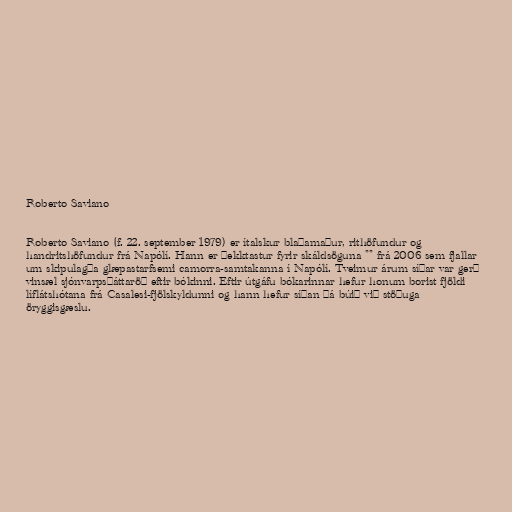
Roberto Saviano

Roberto Saviano (f. 22. september 1979) er ítalskur blaðamaður, rithöfundur og
handritshöfundur frá Napólí. Hann er þekktastur fyrir skáldsöguna "" frá 2006 sem fjallar
um skipulagða glæpastarfsemi camorra-samtakanna í Napólí. Tveimur árum síðar var gerð
vinsæl sjónvarpsþáttaröð eftir bókinni. Eftir útgáfu bókarinnar hefur honum borist fjöldi
líflátshótana frá Casalesi-fjölskyldunni og hann hefur síðan þá búið við stöðuga
öryggisgæslu.